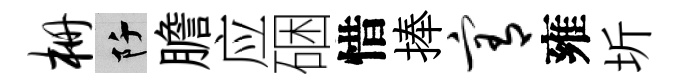
栅阡膽应硱惜捧宥雍圻